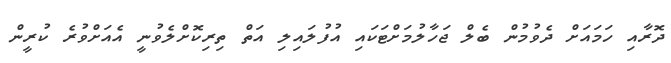
ދޮރާއި ހަމައަށް ދެވުމުން ބެލް ޖަހާލުމަށްޓަކައި އުފުލައިލި އަތް ތިރިކޮށްލެވުނީ އެއަށްވުރެ ކުރީން